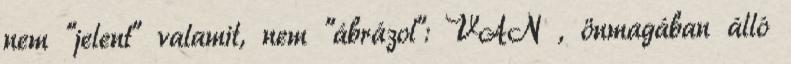
nem "jelent" valamit, nem "ábrázol": VAN , önmagában álló